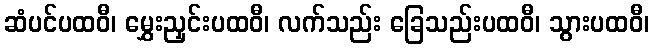
ဆံပင်ပထဝီ၊ မွှေးညှင်းပထဝီ၊ လက်သည်း ခြေသည်းပထဝီ၊ သွားပထဝီ၊